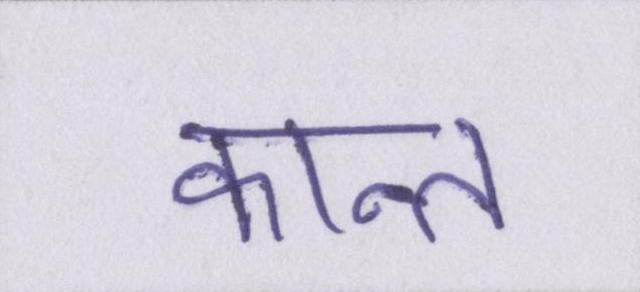
कान्त